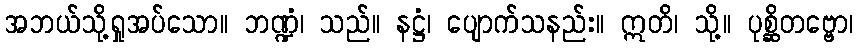
အဘယ်သို့ရှုအပ်သော။ ဘဏ္ဍံ၊ သည်။ နဋ္ဌံ၊ ပျောက်သနည်း။ ဣတိ၊ သို့။ ပုစ္ဆိတဗ္ဗော၊